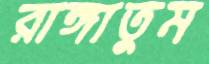
রাঙ্গাতুম